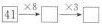
\square {41}\xrightarrow[]{\times 8}\square \xrightarrow[]{\times 3}\square